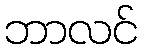
ဘာလင်